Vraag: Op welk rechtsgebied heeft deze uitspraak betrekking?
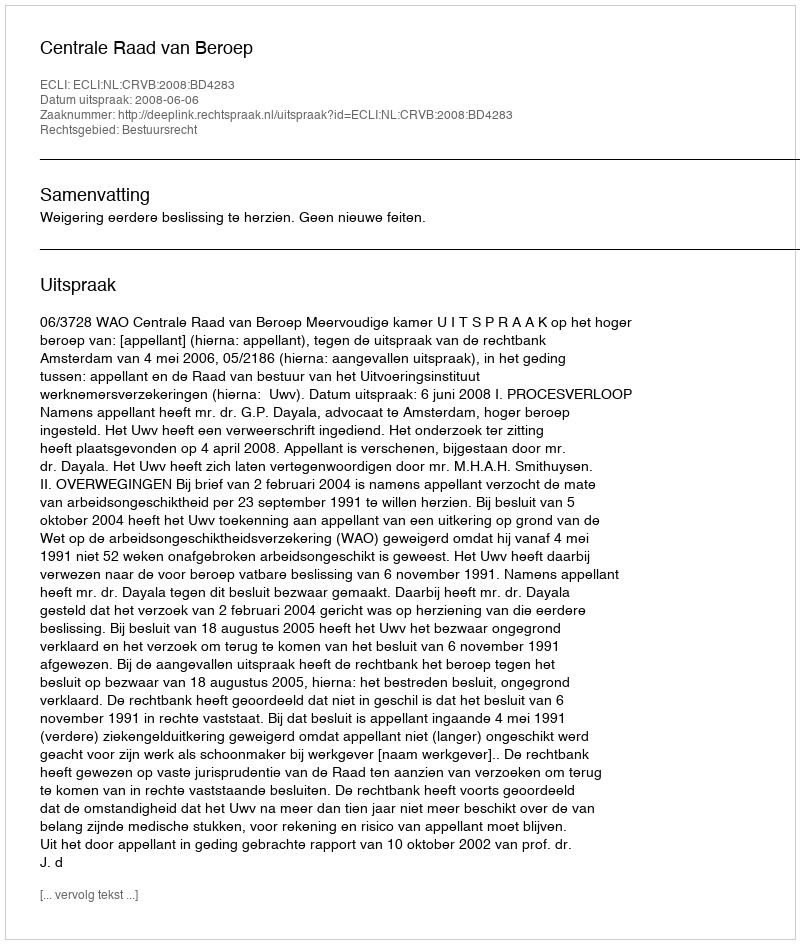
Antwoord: Bestuursrecht